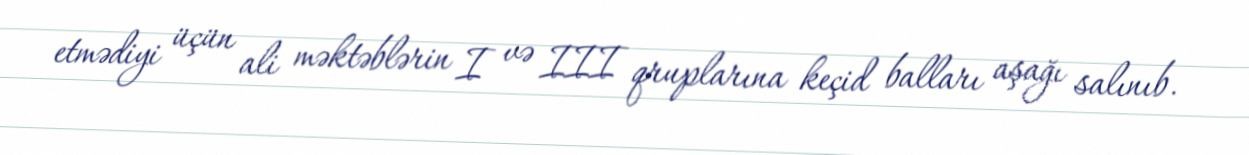
etmədiyi üçün ali məktəblərin I və III qruplarına keçid balları aşağı salınıb.